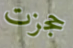
حجزت